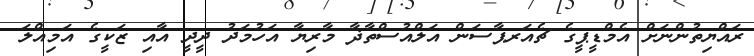
ރައްޔިތުންނަށް އެމްޑީޕީގެ ޗެއަރޕާސަން އަލްއުސްތާޛާ މާރިޔާ އަހުމަދު ދީދީ އާއި ޒަކީގެ އަމިއްލަ